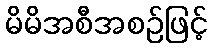
မိမိအစီအစဉ်ဖြင့်